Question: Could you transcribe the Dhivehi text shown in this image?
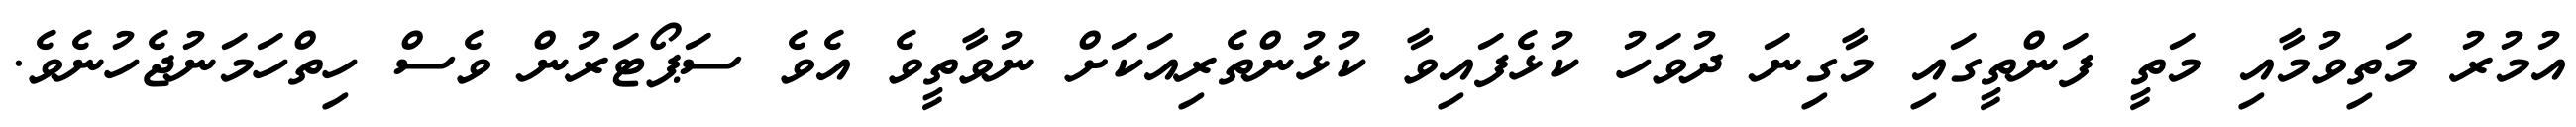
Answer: އުމުރު މަތިވުމާއި މަތީ ފަންތީގައި މާގިނަ ދުވަހު ކުޅެފައިވާ ކުޅުންތެރިއަކަށް ނުވާތީވެ އެވެ ސަޕޯޓަރުން ވެސް ހިތްހަމަނުޖެހުނެވެ.